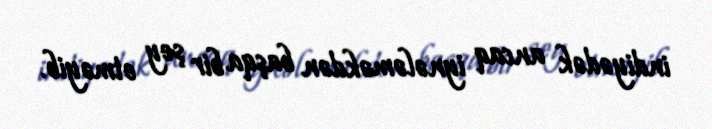
indiyədək ancaq iynələməkdən başqa bir şey etməyib.